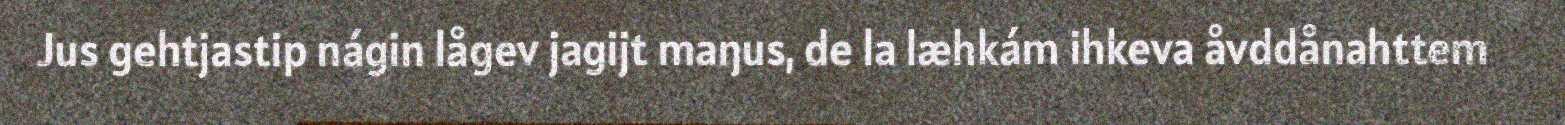
Jus gehtjastip nágin lågev jagijt maŋus, de la læhkám ihkeva åvddånahttem